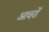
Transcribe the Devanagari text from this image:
आवरों